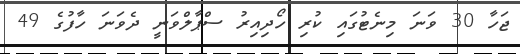
ޖަހާ 30 ވަނަ މިނެޓުގައި ކުރި ހޯދިއިރު ސްޕާލްވަނީ ދެވަނަ ހާފުގެ 49